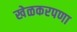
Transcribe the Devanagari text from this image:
खेळकरपणा